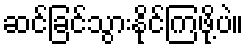
ဆင်ခြင်သွားနိုင်ကြဖို့ပဲ။